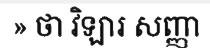
» ថា វិឡារ សញ្ញា